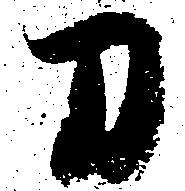
刀